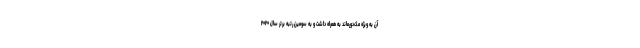
آن به ویژه مک‌دورماند به همراه داشت و به سومین رتبه برتر سال ۲۰۲۰